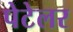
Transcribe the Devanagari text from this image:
पेटेलर